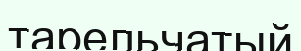
тарельчатый